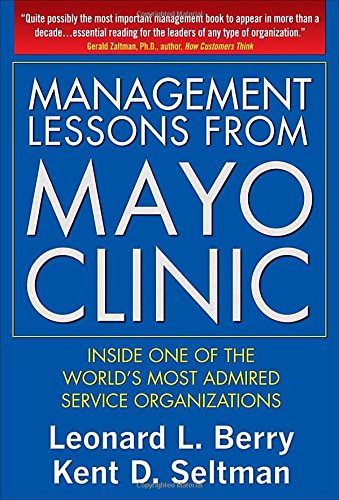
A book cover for Management Lessons from Mayo Clinic: Inside One of the World's Most Admired Service Organizations; Leonard Berry; Medical Books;